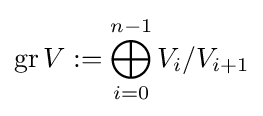
\operatorname {gr} V:=\bigoplus _{i=0}^{n-1}V_{i}/V_{i+1}